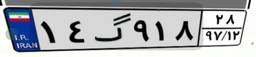
۱۴گ۹۱۸۲۸